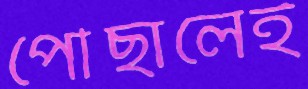
পৌঁছালেই